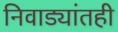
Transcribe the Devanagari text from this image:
निवाड्यांतही